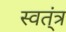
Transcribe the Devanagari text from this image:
स्वत्ंत्र